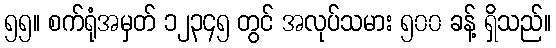
၅၅။ စက်ရုံအမှတ် ၁၂၃၄၅ တွင် အလုပ်သမား ၅၀၀ ခန့် ရှိသည်။